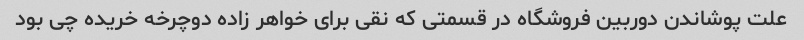
علت پوشاندن دوربین فروشگاه در قسمتی که نقی برای خواهر زاده دوچرخه خریده چی بود